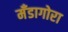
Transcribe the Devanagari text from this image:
मँडागोरा